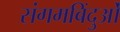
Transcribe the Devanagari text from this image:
संगमबिंदुओं